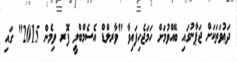
ދަޢުވަތަކަށް ޖަޕާނުގައި ބޭއްވުމަށް ހަމަޖެހިފައިވާ "ވާރލްޑް އެސެމްބްލީ ފޮރ ވިމެން 2015" ގައި